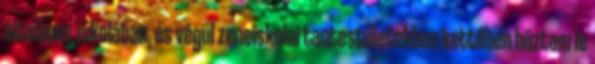
általános iskolában, és végül zeneiskolai tantestületekben kettőben húztam le